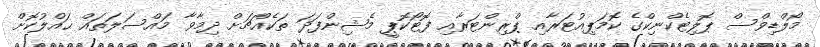
މޯލްޑިވްސް ޕޮލިޓެކްނިކްގެ ކޮމަޕިއުޓަރާއި ޕްރިންޓަރާއި ފޮޓޯކޮޕީ މެޝިންފަދަ ތަކެއްޗަށް ދިމާވާ މައްސަލަތައް ޙައްލުކޮށް